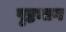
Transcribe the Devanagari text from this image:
पृष्टभाग